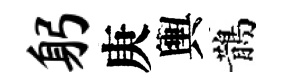
躬庚輿鵲